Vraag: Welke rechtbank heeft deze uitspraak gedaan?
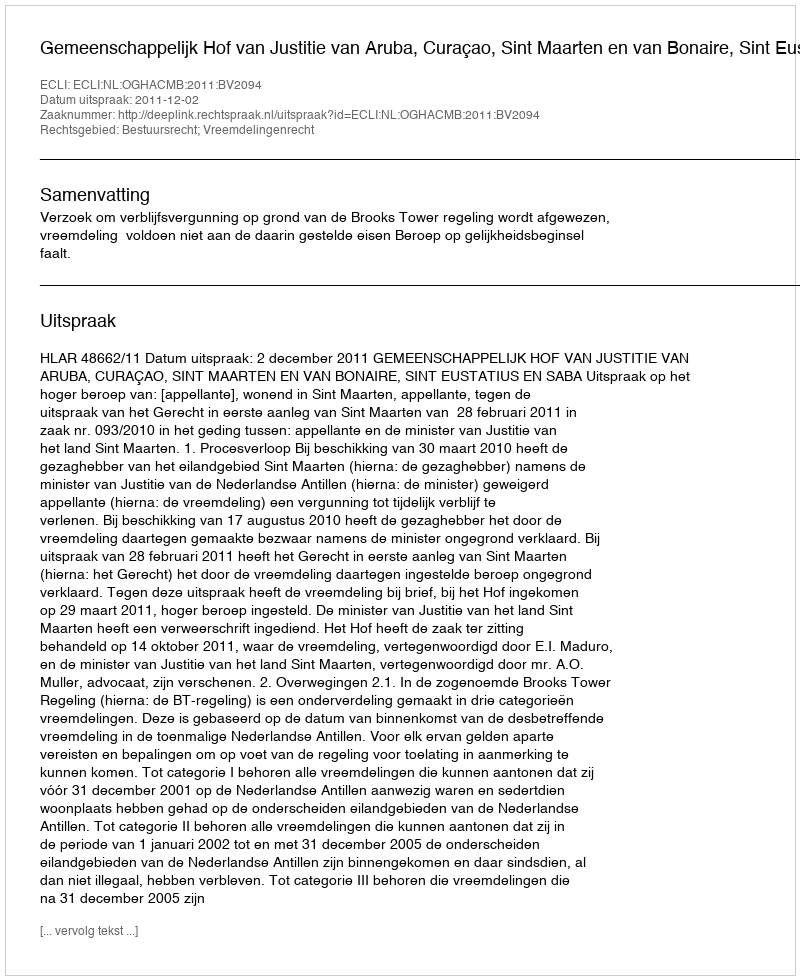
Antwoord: Gemeenschappelijk Hof van Justitie van Aruba, Curaçao, Sint Maarten en van Bonaire, Sint Eustatius en Saba